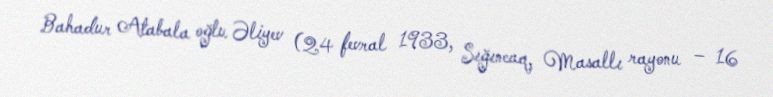
Bahadur Atabala oğlu Əliyev (24 fevral 1933, Sığıncaq, Masallı rayonu – 16